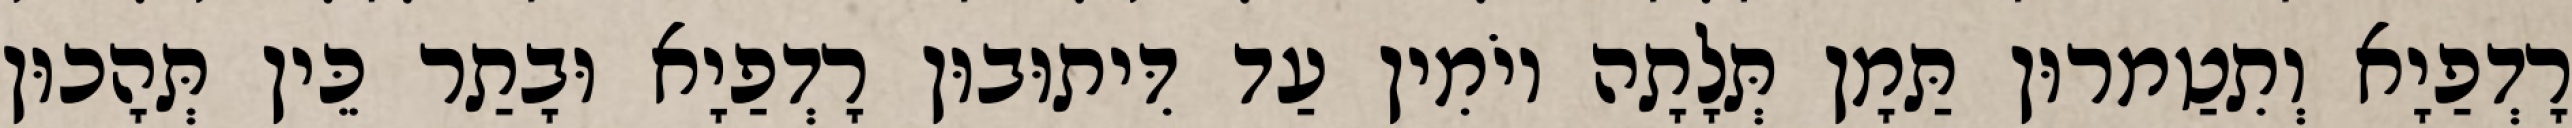
רָדְפַיָא וְתִטַמרוּן תַּמָן תְּלָתָה יוֹמִין עַד דִּיתוּבוּן רָדְפַיָא וּבָתַר כֵּין תְּהָכוּן